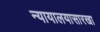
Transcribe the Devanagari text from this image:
न्यायालयासारखा